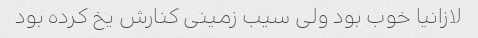
لازانیا خوب بود ولی سیب زمینی کنارش یخ کرده بود